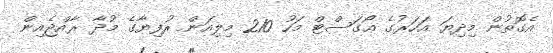
އެގޮތުން މިދިޔަ އަހަރުގެ އޯގަސްޓް މަހު 210 މިލިއަން ރުފިޔާގެ މުދާ ރާއްޖެއިން